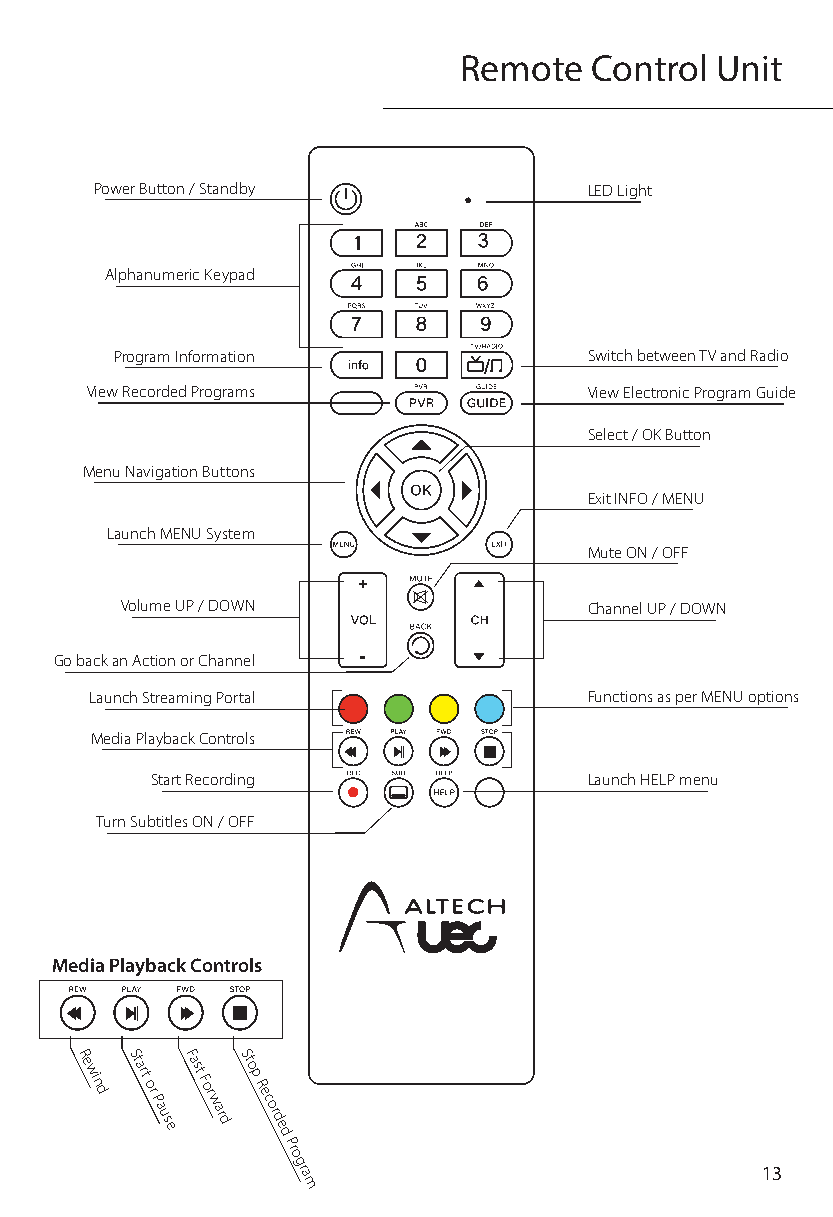
Remote   Control Unit
 Power Button / Standby           LED Light
 Alphanumeric Keypad
 Program Information            Switch between TV and Radio
 View Recorded Programs           View Electronic Program Guide
 Select / OK Button
 Menu Navigation Buttons
 Exit INFO / MENU
 Launch MENU System
 Mute ON / OFF
 Volume UP / DOWN               Channel UP / DOWN
 Go back an Action or Channel
 Launch Streaming Portal          Functions as per MENU options
 Media Playback Controls
 Start Recording              Launch HELP menu
 Turn Subtitles ON / OFF
 Media Playback Controls
 R
 e wi
 n d
 St
 art
 or
 Pa us
 e
 Fast
 F or
 w ar
 dSt
 o p
 R e
 c or d
 e d
 Pr
 o
 gr                             13
 a
 m